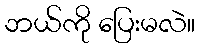
ဘယ်ကို ပြေးမလဲ။